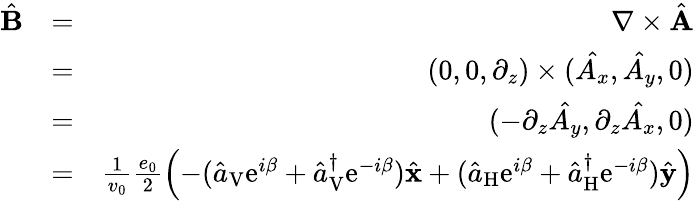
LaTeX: \begin{array}{rlr}{\hat{\mathbf B}}&{=}&{\nabla\times\hat{\mathbf A}}\\ &{=}&{(0,0,\partial_{z})\times(\hat{A_{x}},\hat{A_{y}},0)}\\ &{=}&{(-\partial_{z}\hat{A_{y}},\partial_{z}\hat{A_{x}},0)}\\ &{=}&{\frac{1}{v_{0}}\frac{e_{0}}{2}\left(-(\hat{a}_{\mathrm{V}}\mathrm{e}^{i\beta}+\hat{a}_{\mathrm{V}}^{\dagger}\mathrm{e}^{-i\beta})\hat{\mathbf x}+(\hat{a}_{\mathrm{H}}\mathrm{e}^{i\beta}+\hat{a}_{\mathrm{H}}^{\dagger}\mathrm{e}^{-i\beta})\hat{\mathbf y}\right)}\end{array}